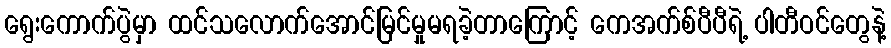
ရွေးကောက်ပွဲမှာ ထင်သလောက်အောင်မြင်မှုမရခဲ့တာကြောင့် ကေအက်စ်ပီပီရဲ့ ပါတီဝင်တွေနဲ့